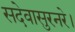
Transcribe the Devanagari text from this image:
सदेवासुरनरे।